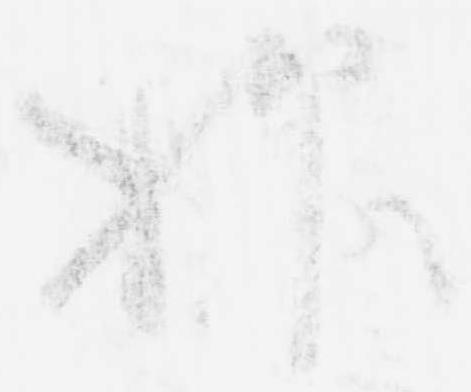
抑